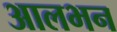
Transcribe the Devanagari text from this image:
आलभन